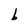
Character: b